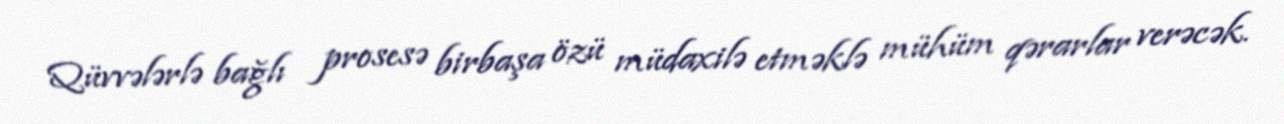
Qüvvələrlə bağlı prosesə birbaşa özü müdaxilə etməklə mühüm qərarlar verəcək.